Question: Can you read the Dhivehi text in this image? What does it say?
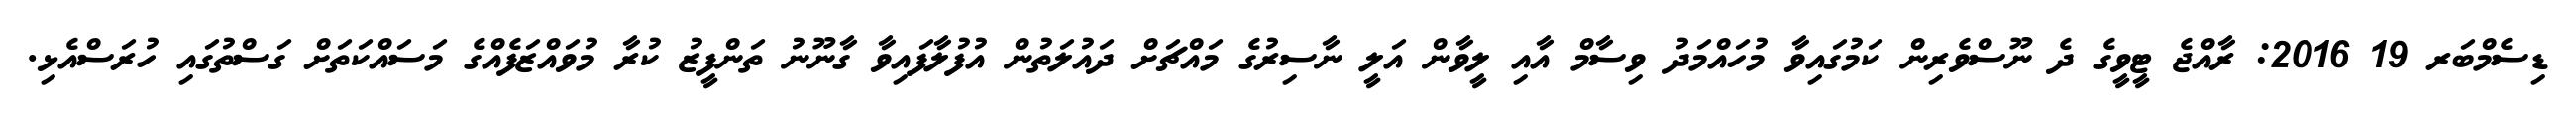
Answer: ޑިސެމްބަރ 19 2016: ރާއްޖެ ޓީވީގެ ދެ ނޫސްވެރިން ކަމުގައިވާ މުހައްމަދު ވިސާމް އާއި ލީވާން އަލީ ނާސިރުގެ މައްޗަށް ދައުލަތުން އުފުލާފައިވާ ގާނޫނު ތަންފީޒު ކުރާ މުވައްޒަފެއްގެ މަސައްކަތަށް ގަސްތުގައި ހުރަސްއެޅި.